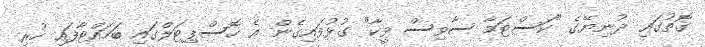
ގޮތުގައި ދުނިޔޭގެ "ކަސްޓަމާ ސާވިސް ވީކާ" ގުޅުވައިގެން އެ ހޮސްޕިޓަލްގައި ބަހައްޓާފައި ހުރި